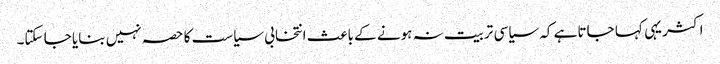
اکثر یہی کہا جاتا ہے کہ سیاسی تربیت نہ ہونے کے باعث انتخابی سیاست کا حصہ نہیں بنایا جا سکتا۔